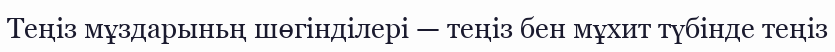
Теңіз мұздарыньң шөгінділері — теңіз бен мұхит түбінде теңіз